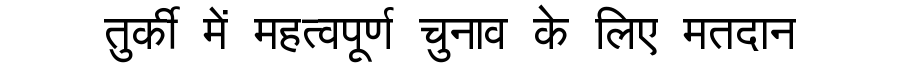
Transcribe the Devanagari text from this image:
तुर्की में महत्वपूर्ण चुनाव के लिए मतदान